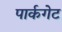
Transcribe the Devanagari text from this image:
पार्कगेट